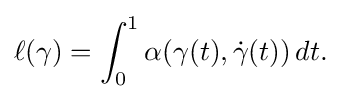
\displaystyle {\ell (\gamma )=\int _{0}^{1}\alpha (\gamma (t),{\dot {\gamma }}(t))\,dt.}